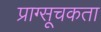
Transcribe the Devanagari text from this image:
प्राग्सूचकता